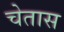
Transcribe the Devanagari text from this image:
चेतास